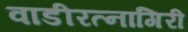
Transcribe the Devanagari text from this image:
वाडीरत्नागिरी